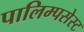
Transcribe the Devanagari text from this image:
पालिम्पसेस्ट